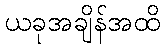
ယခုအချိန်အထိ